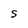
Character: S